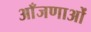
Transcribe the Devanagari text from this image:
आँजणाओं